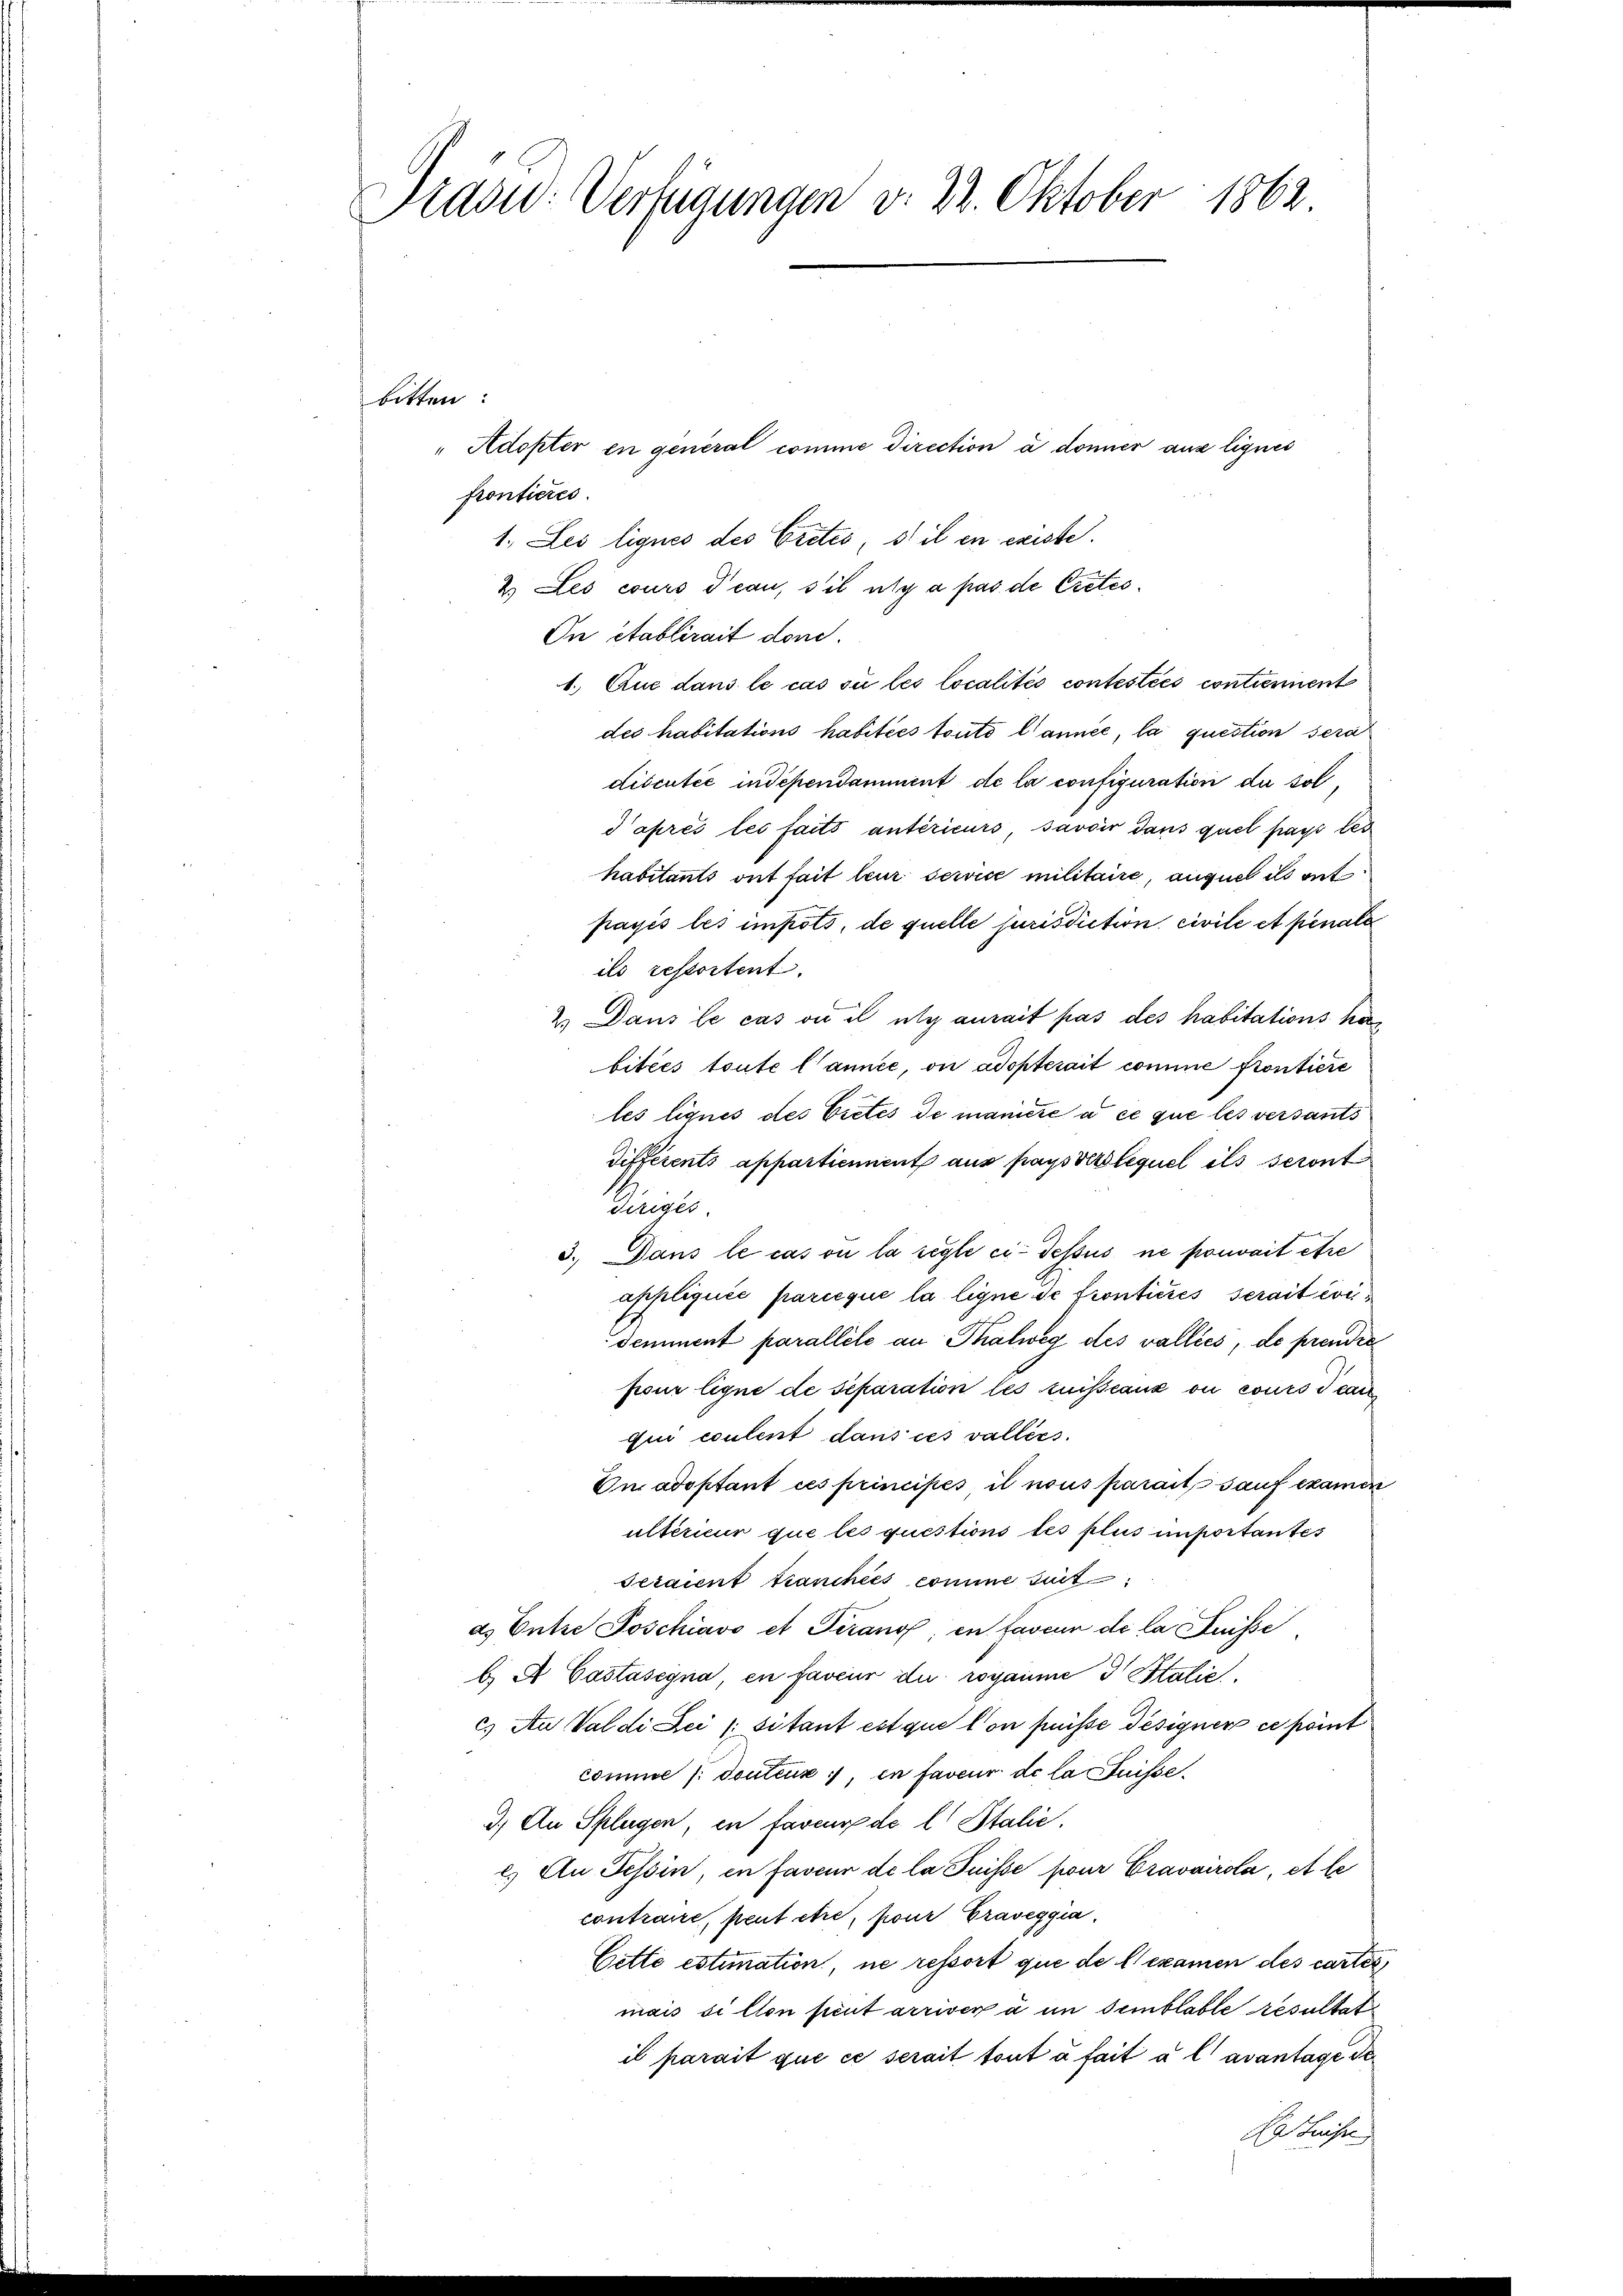
Prasw: Verfügungen v. 22. Oktober 1862

bitten:
" Adopter en general comme Direction à donner aus lignes
fronticres
1. Les lignes des Cretés, stil en existe.
2. Les cours Teau, s’il n’y a pas de Cretés
In établirait don.
1. Aus dans le cas si les localités contestées contiennent
des habitations habitées touto l’année, la question sera
discutéé independamment de la configuration du sol
d’après les faits antérieurs, savoir dans quel pays des
habitants ont fait leur service militaire, auquel ils ont
payés les impots, de quelle jurisdiction civile et penale
ils restortent.
2.) Dans le cas ou il n’y aurait pas des habitations ha
bitées toute l’année, ou adopterait comme frontiere
les liqués des Vietes de manicie à ce que les versants
différents appartiennent aus pays der lequel ils seront
Relegte.
3. Dans le cas ou la réglé ci-dessus ne pouvait etre
appliquée parieque la ligne de fronticres serait condemment parallele an Thalweg des valliés, de prender
pour ligne de separation les ruisseaux ou cours d can
qui coulent dans ces vallées.
On adoptant ces principés, il nous parait sauf examen
ultérieur que les questions des plus importantes
seraient tranchées comme suit
a. Entre Joschiavo et Tirano, en faveun de la Suisse
b) es Castasegna, en faveur du rogaume 3 Statie
c.) Au Valdi Zeisitant est que lon puisse désigner ce point
comme /: douteure 7, en faveur de la tuisse.
3.) An Splügen, en faveur de l. Stalie
e. An Tessin, in faveur de la Puisse pour Cravvirola, et le
contraue, peut être, pour Graveggia,
Cette estimation, ne ressort que de l. examen des carter
mais si llon peut arriven à un semblable, resultat
is parait que ce serait tout à fait à l avantage de
da Luise